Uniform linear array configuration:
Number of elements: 24
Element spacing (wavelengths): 0.25
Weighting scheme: uniform
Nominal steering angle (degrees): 15
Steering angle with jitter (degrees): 14.721
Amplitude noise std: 0.05
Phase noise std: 0.05

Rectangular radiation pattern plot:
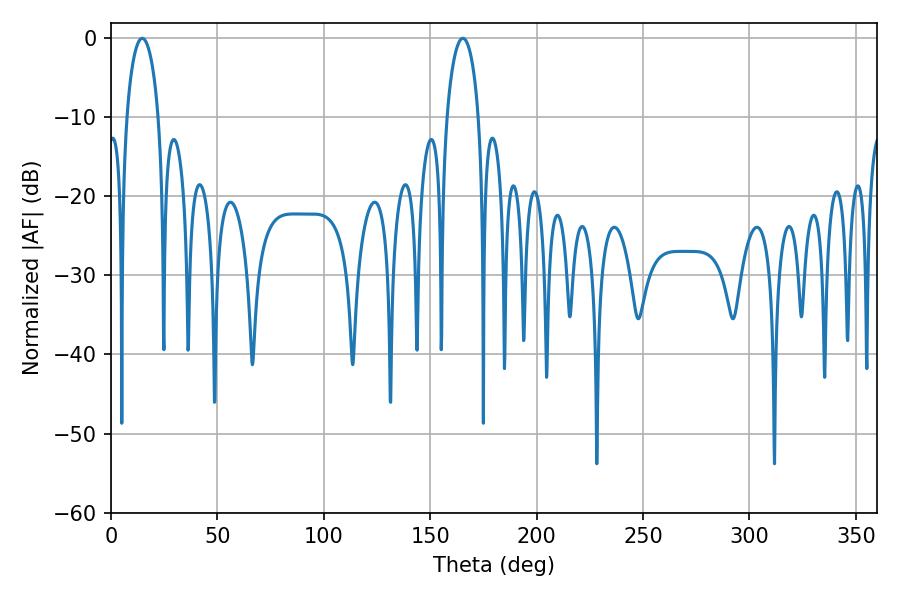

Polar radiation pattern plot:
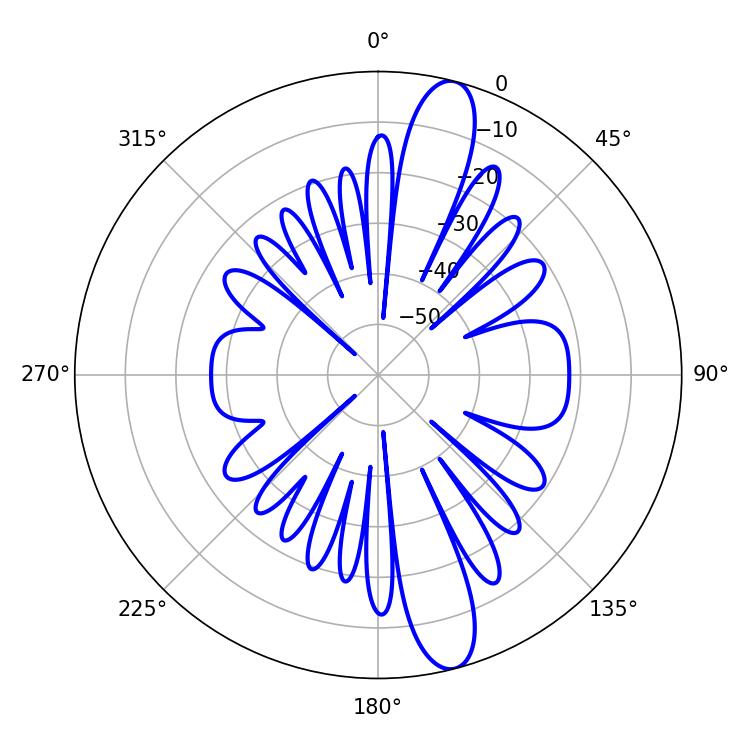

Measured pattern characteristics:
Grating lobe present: FALSE
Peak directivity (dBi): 13.6
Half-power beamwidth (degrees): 8.46
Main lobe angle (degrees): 14.58